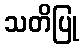
သတိပြု